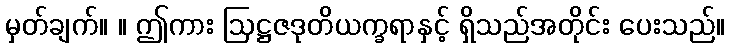
မှတ်ချက်။ ။ ဤကား ဩဋ္ဌဇဒုတိယက္ခရာနှင့် ရှိသည်အတိုင်း ပေးသည်။